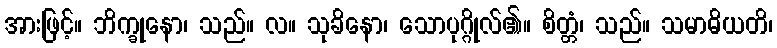
အားဖြင့်။ ဘိက္ခုနော၊ သည်။ လ။ သုခိနော၊ သောပုဂ္ဂိုလ်၏။ စိတ္တံ၊ သည်။ သမာဓိယတိ၊